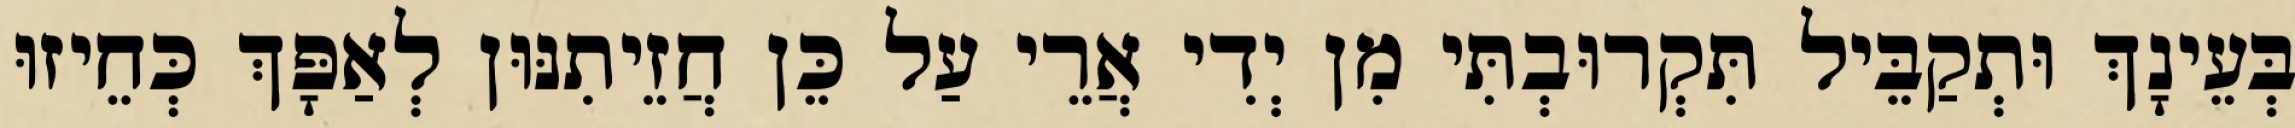
בְּעֵינָךְ וּתְקַבֵּיל תִּקְרוּבְתִּי מִן יְדִי אֲרֵי עַל כֵּן חֲזֵיתִנּוּן לְאַפָּךְ כְּחֵיזוּ